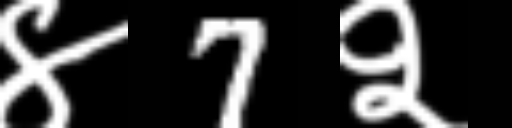
Text: ४7२